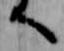
へ